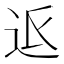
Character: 𮞅